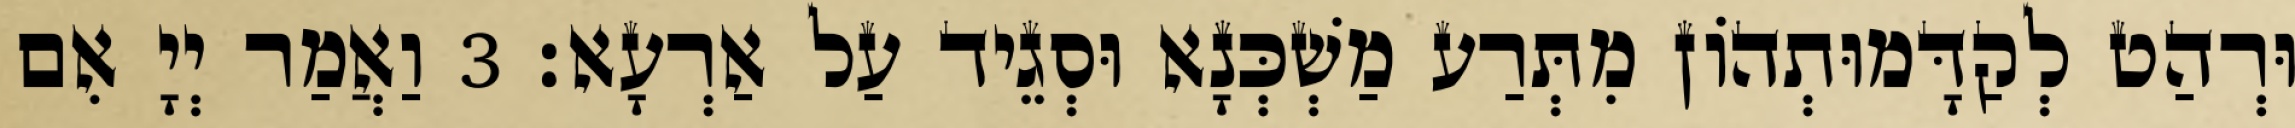
וּרְהַט לְקַדָּמוּתְהוֹן מִתְּרַע מַשְׁכְּנָא וּסְגֵיד עַל אַרְעָא׃ 3 וַאֲמַר יְיָ אִם